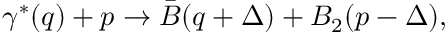
\gamma ^ { * } ( q ) + p \to \bar { B } ( q + \Delta ) + B _ { 2 } ( p - \Delta ) ,